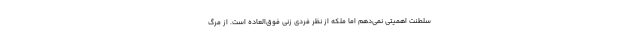
سلطنت اهمیتی نمی‌دهم اما ملکه از نظر فردی زنی فوق‌العاده است. از مرگ